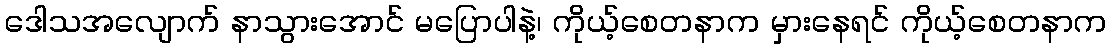
ဒေါသအလျောက် နာသွားအောင် မပြောပါနဲ့၊ ကိုယ့်စေတနာက မှားနေရင် ကိုယ့်စေတနာက